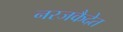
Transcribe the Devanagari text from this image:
नरजकैदेत